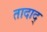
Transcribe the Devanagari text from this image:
तादाद्